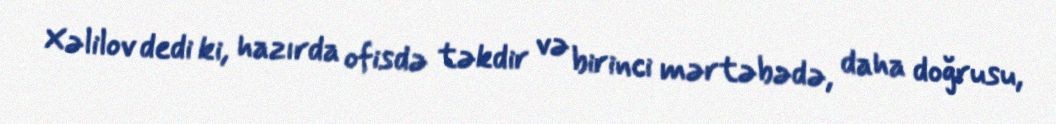
Xəlilov dedi ki, hazırda ofisdə təkdir və birinci mərtəbədə, daha doğrusu,